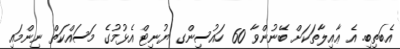
އެބަތިބި. އެ ޢާއިލާތަކަށް ބޭނުންވާ 60 ހައުސިންގ ޔުނިޓް އެޅުމުގެ މަސައްކަތް ނިންމައި